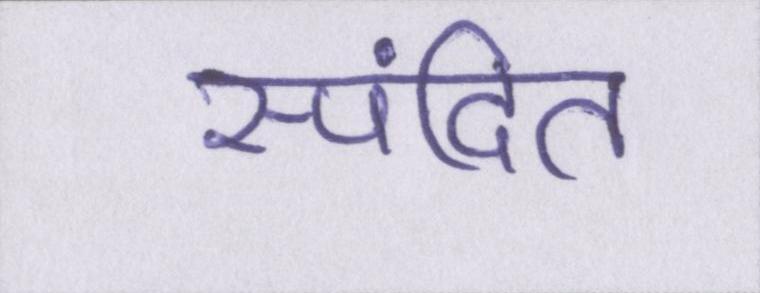
स्पंदित